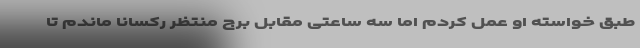
طبق خواسته او عمل کردم اما سه ساعتی مقابل برج منتظر رکسانا ماندم تا